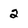
Character: 2